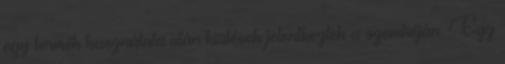
egy termék használata után kiütések jelentkeztek a szemhéján. Egy